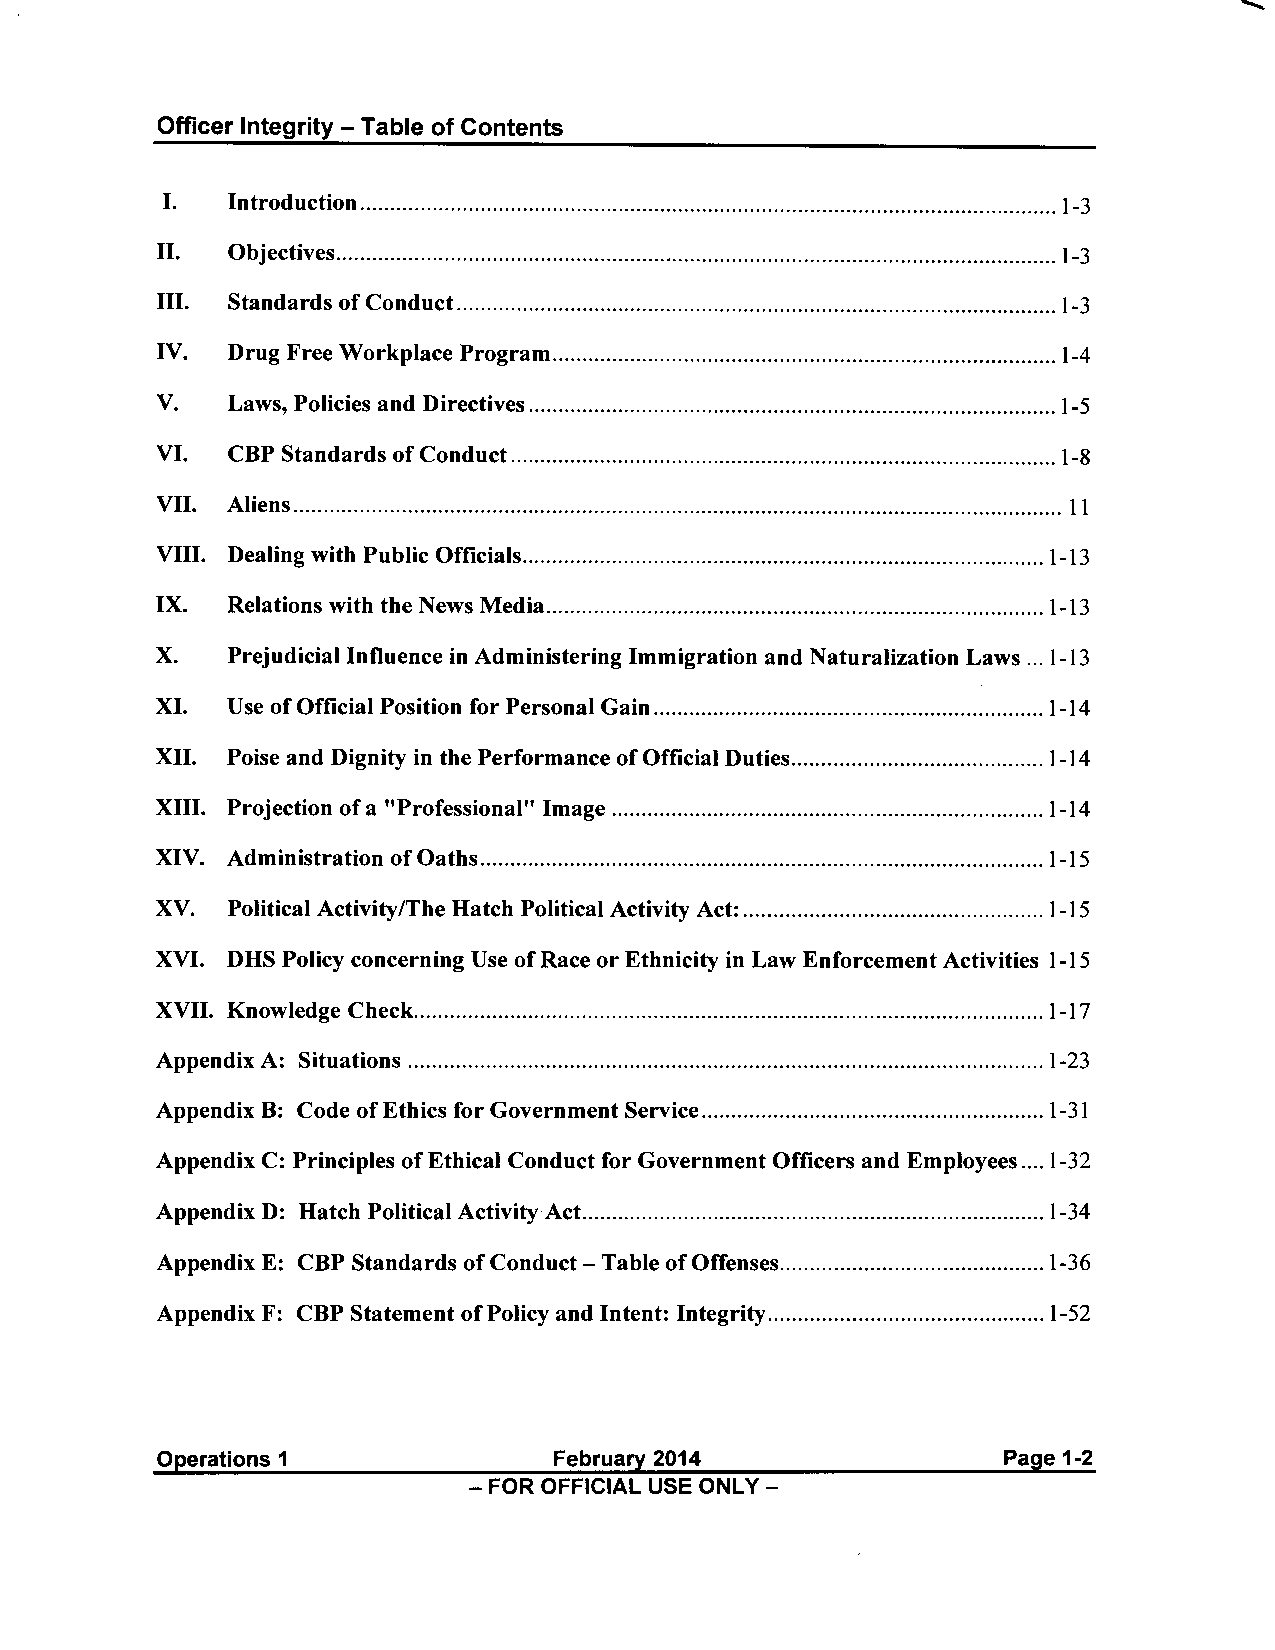
Officer Integrity -Table of Contents
 I.  Introduction .................................................................................................................... 1-3
 II.  Objectives ........................................................................................................................ 1-3
 III. Standards of Conduct .................................................................................................... 1-3
 IV.  Drug Free Workplace Program .................................................................................... 1-4
 V.   Laws, Policies and Directives ........................................................................................ 1-5
 VI.  CBP Standards of Conduct ........................................................................................... 1-8
 VII. Aliens ................................................................................................................................ 11
 VIII. Dealing with Public Officials ....................................................................................... 1-13
 IX.  Relations with the News Media ................................................................................... 1-13
 X.   Prejudicial Influence in Administering Immigration and Naturalization Laws ... 1-13
 XI.  Use of Official Position for Personal Gain ................................................................. 1-14
 XII. Poise and Dignity in the Performance of Official Duties .......................................... 1-14
 XIII. Projection of a "Professional" Image ........................................................................ 1-14
 XIV. Administration of Oaths .............................................................................................. 1-15
 XV.  Political Activity/The Hatch Political Activity Act: .................................................. 1-15
 XVI. DHS Policy concerning Use of Race or Ethnicity in Law Enforcement Activities 1-15
 XVII. Knowledge Check. ........................................................................................................ 1-17
 Appendix A: Situations .......................................................................................................... 1-23
 Appendix B: Code of Ethics for Government Service ......................................................... 1-31
 Appendix C: Principles of Ethical Conduct for Government Officers and Employees .... 1-32
 Appendix D: Hatch Political Activity Act ............................................................................. 1-34
 Appendix E: CBP Standards of Conduct - Table of Offenses ............................................ 1-36
 Appendix F: CBP Statement of Policy and Intent: Integrity .............................................. 1-52
 Operations 1               February 2014                Page 1-2
 - FOR OFFICIAL USE ONLY -